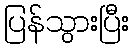
ပြန်သွားပြီး